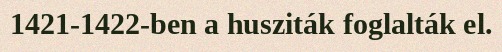
1421-1422-ben a husziták foglalták el.